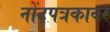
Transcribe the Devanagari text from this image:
नोंदपत्रकावर